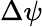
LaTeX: \Delta\psi